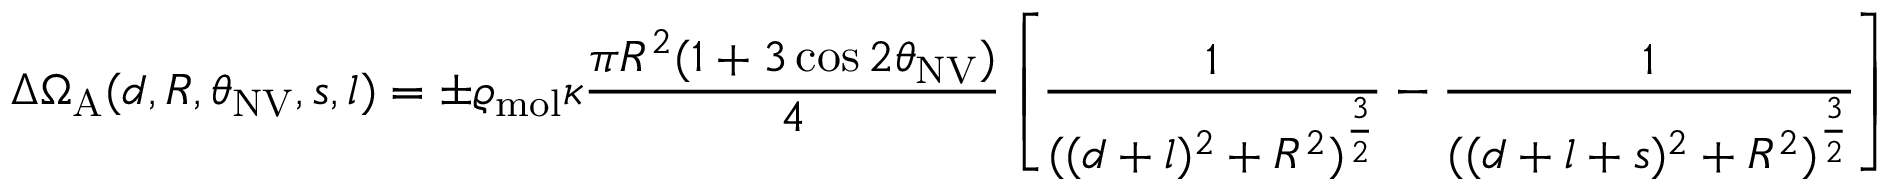
\Delta \Omega _ { \mathrm { A } } ( d , R , \theta _ { \mathrm { N V } } , s , l ) = \pm \varrho _ { \mathrm { m o l } } \kappa \frac { \pi R ^ { 2 } ( 1 + 3 \cos { 2 \theta _ { \mathrm { N V } } } ) } { 4 } \left[ \frac { 1 } { ( ( d + l ) ^ { 2 } + R ^ { 2 } ) ^ { \frac { 3 } { 2 } } } - \frac { 1 } { ( ( d + l + s ) ^ { 2 } + R ^ { 2 } ) ^ { \frac { 3 } { 2 } } } \right]